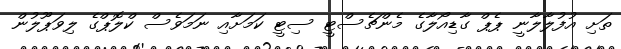
ތަށި އުފުލާލާނީ ޕެޕް ގާޑިއޯލާގެ މެންޗެސްޓީ ސިޓީ ކަމަށާއި ނަމަވެސް ކްލޮޕްގެ ލިވަޕޫލުން